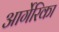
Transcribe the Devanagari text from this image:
आर्गेरिका